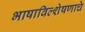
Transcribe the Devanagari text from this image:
भाषाविल्शेषणाचे